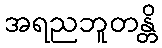
အရညဘူတန္တိ